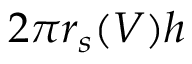
2 \pi r _ { s } ( V ) h